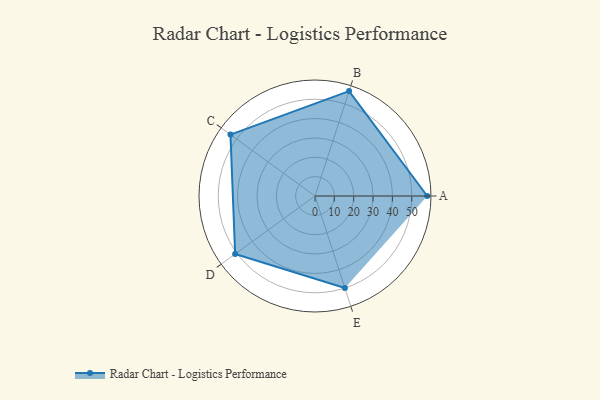
{"axis": {"x": "Skill", "y": "Score"}, "legend": ["Profile"], "data": [{"x": "A", "y": 58.0, "type": "Profile"}, {"x": "B", "y": 57.0, "type": "Profile"}, {"x": "C", "y": 54.0, "type": "Profile"}, {"x": "D", "y": 51.0, "type": "Profile"}, {"x": "E", "y": 50.0, "type": "Profile"}]}